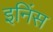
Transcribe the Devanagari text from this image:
इनिंस